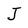
Character: J